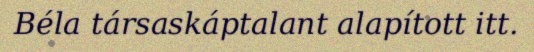
Béla társaskáptalant alapított itt.